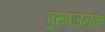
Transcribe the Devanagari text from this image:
पुरुषजनक